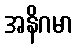
အနိဂမာ